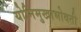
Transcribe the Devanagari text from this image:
योनिमुखाभोवती